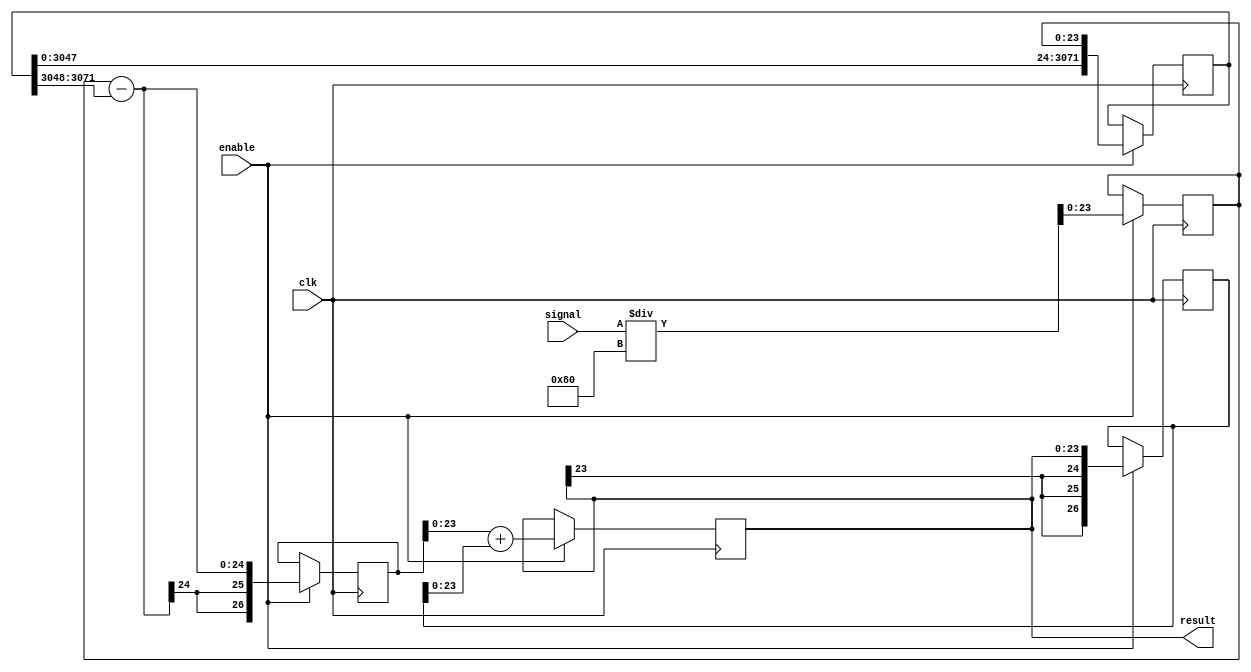
module average_filter (
    clk,
	 enable,
    signal,
	 result
);




parameter AUDIO_DATA_WIDTH  = 6'd24;
parameter NUMBER_OF_SAMPLES = 128; //do not use something like 8'd64 here !!

//calculated parameters dependand on previous parameters
parameter FIFO_WIDTH = NUMBER_OF_SAMPLES * AUDIO_DATA_WIDTH-1;
parameter LAST_SAMPLE_IN_FIFO = (NUMBER_OF_SAMPLES-1) * AUDIO_DATA_WIDTH;

//in out
input													clk;
input													enable;
input			signed [AUDIO_DATA_WIDTH-1:0]	signal;
output reg	signed [AUDIO_DATA_WIDTH-1:0]	result;

//extra registers
reg [FIFO_WIDTH:0] fifo;

reg signed [AUDIO_DATA_WIDTH+2:0] acc;
reg signed [AUDIO_DATA_WIDTH+2:0] tmp;
reg signed [AUDIO_DATA_WIDTH-1:0] data;



always @ (posedge clk ) begin	
	if (enable) begin		  
		//divide input
		data <= signal / NUMBER_OF_SAMPLES;

		//put it in fifo
		fifo <= {fifo, data};

		tmp <= data - fifo[FIFO_WIDTH:LAST_SAMPLE_IN_FIFO];

		result <= tmp + acc;

		acc <= result;
	end
end

endmodule